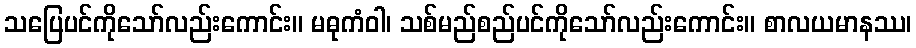
သပြေပင်ကိုသော်လည်းကောင်း။ မဓုကံဝါ၊ သစ်မည်စည်ပင်ကိုသော်လည်းကောင်း။ စာလယမာနဿ၊